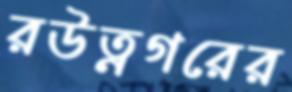
রউত্নগরের